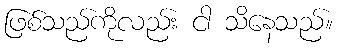
ဖြစ်သည်ကိုလည်း ငါ သိနေသည်။